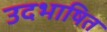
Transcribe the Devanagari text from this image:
उदभाषित